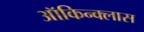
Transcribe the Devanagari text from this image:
ऑकिन्क्लास